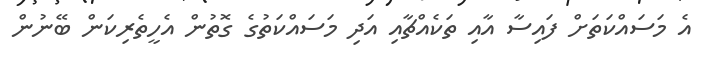
އެ މަސައްކަތަށް ފައިސާ އާއި ތަކެއްޗާއި އަދި މަސައްކަތުގެ ގޮތުން އެހީތެރިކަން ބޭނުން